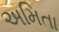
અમિતા